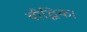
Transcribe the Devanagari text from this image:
बौद्धिक।